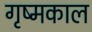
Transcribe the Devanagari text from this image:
गृष्मकाल